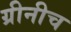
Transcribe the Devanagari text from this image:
ग्रीनीच